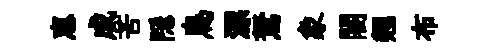
恵成苦隠烏漂駑象闍翹布